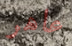
عاهر